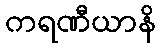
ကရဏီယာနိ